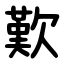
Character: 歎